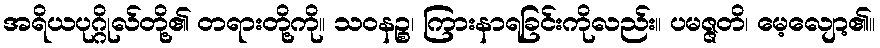
အရိယပုဂ္ဂိုလ်တို့၏ တရားတို့ကို။ သဝနဉ္စ၊ ကြားနာရခြင်းကိုလည်း။ ပမဇ္ဇတိ၊ မေ့လျော့၏။